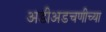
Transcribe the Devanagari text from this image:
अडीअडचणीच्या